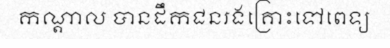
កណ្តាល បានដឹកជនរងគ្រោះទៅពេទ្យ